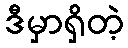
ဒီမှာရှိတဲ့